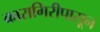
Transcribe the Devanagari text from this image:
कारागिरीपासून